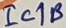
Text: IC1B